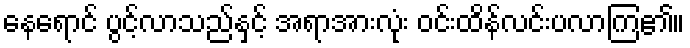
နေရောင် ပွင့်လာသည်နှင့် အရာအားလုံး ဝင်းထိန်လင်းပလာကြ၏။